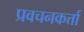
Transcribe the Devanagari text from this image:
प्रवचनकर्त्ता